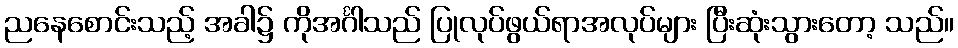
ညနေစောင်းသည့် အခါ၌ ကိုအင်္ဂါသည် ပြုလုပ်ဖွယ်ရာအလုပ်များ ပြီးဆုံးသွားတော့ သည်။